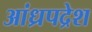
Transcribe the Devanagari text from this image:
आंध्रपद्रेश